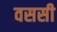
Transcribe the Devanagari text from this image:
वससी